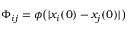
\Phi _ { i j } = \phi \big ( | x _ { i } ( 0 ) - x _ { j } ( 0 ) | \big )